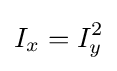
\,\!I_{x}=I_{y}^{2}